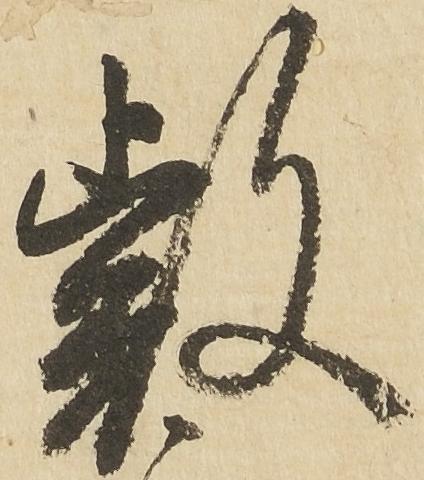
叡